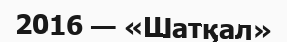
2016 — «Шатқал»